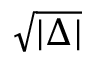
\sqrt { | \Delta | }